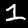
Label: 1